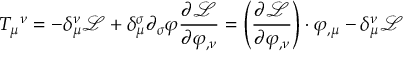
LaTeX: T _ { \mu } { } ^ { \nu } = - \delta _ { \mu } ^ { \nu } { \mathcal { L } } + \delta _ { \mu } ^ { \sigma } \partial _ { \sigma } \varphi { \frac { \partial { \mathcal { L } } } { \partial \varphi _ { , \nu } } } = \left( { \frac { \partial { \mathcal { L } } } { \partial \varphi _ { , \nu } } } \right) \cdot \varphi _ { , \mu } - \delta _ { \mu } ^ { \nu } { \mathcal { L } }